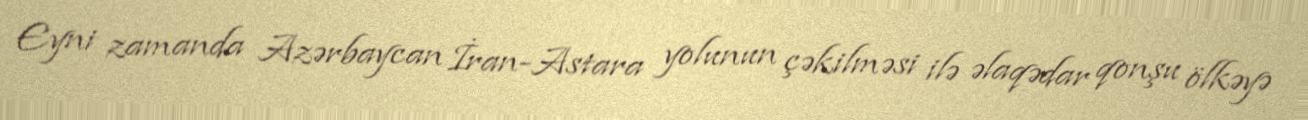
Eyni zamanda Azərbaycan İran-Astara yolunun çəkilməsi ilə əlaqədar qonşu ölkəyə